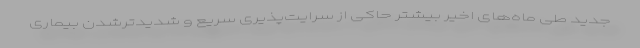
جدید طی ماه‌های اخیر بیشتر حاکی از سرایت‌پذیری سریع و شدیدترشدن بیماری